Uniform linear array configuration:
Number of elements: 16
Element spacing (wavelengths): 0.25
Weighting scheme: hann
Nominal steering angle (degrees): -60
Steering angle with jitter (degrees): -60.266
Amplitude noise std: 0.05
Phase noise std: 0.05

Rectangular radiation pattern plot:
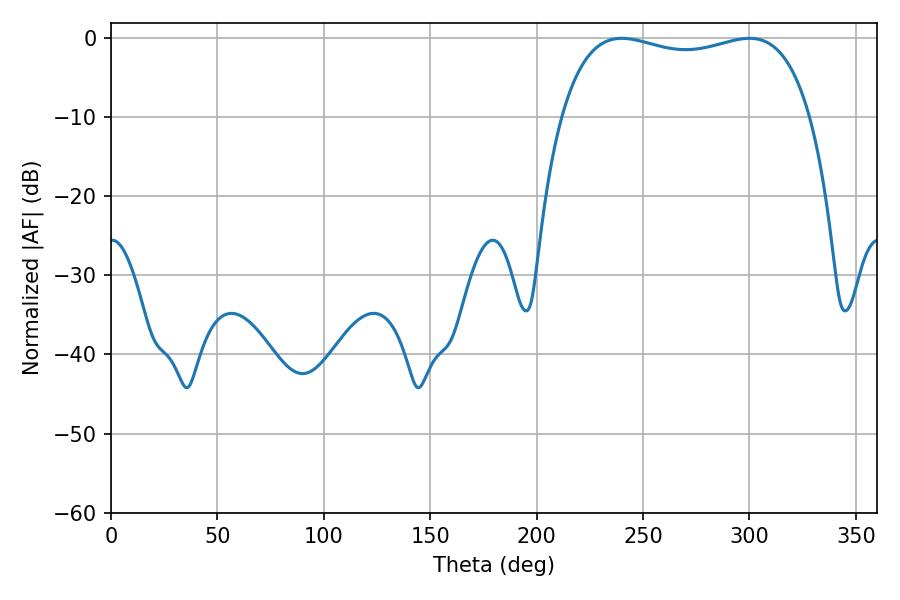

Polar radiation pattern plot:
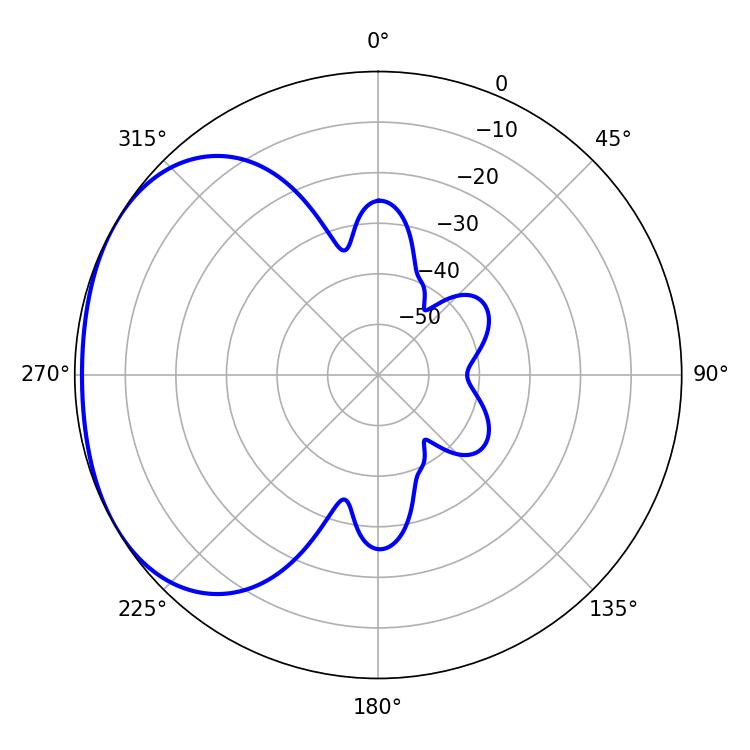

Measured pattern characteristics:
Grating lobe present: FALSE
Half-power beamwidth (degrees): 95.4
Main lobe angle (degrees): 239.94